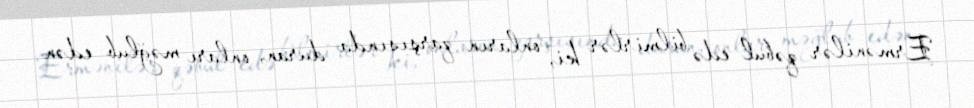
Ermənilər qəbul edə bilmirlər ki, onların qarşısında duran, onları məğlub edən